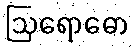
ဩရောဓော